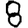
Digit: 8